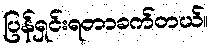
ပြန်ရှင်းရတာခက်တယ်။